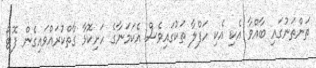
ތަންތަނުގައި ބާއްވާ އެކި އެކި ހަފްލާ ތަކުގައިވެސް އެކަމަނާގެ ހަށިކޮޅާ ގާތްކުރައްވައިގެން ފޮޓޯ